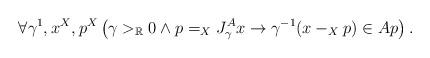
LaTeX: \begin{align*}\forall \gamma^1,x^X,p^X\left(\gamma>_\mathbb{R}0\land p=_XJ^A_\gamma x\rightarrow \gamma^{-1}(x-_Xp)\in Ap\right).\end{align*}